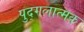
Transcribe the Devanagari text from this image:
पुद्गलात्मक